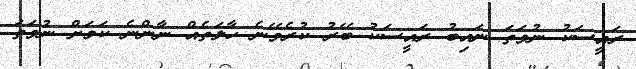
ރައީސަކު ނުވަތަ ނައިބު ރައީސަކު ބޭރު ކުރެވޭނެ ހާލަތެއް ނާންނެ ކަމަށް ނުވަތަ